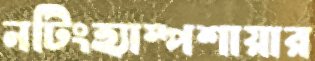
নটিংহ্যাম্পশায়ার